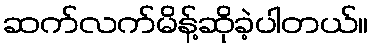
ဆက်လက်မိန့်ဆိုခဲ့ပါတယ်။